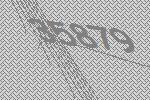
35879